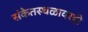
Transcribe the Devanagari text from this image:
संकेतस्थळावरही